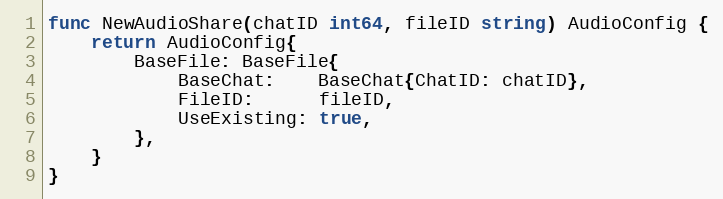
Language: Go
func NewAudioShare(chatID int64, fileID string) AudioConfig {
	return AudioConfig{
		BaseFile: BaseFile{
			BaseChat:    BaseChat{ChatID: chatID},
			FileID:      fileID,
			UseExisting: true,
		},
	}
}